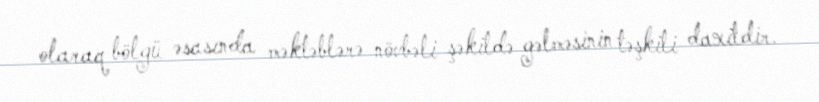
olaraq bölgü əsasında məktəblərə növbəli şəkildə gəlməsinin təşkili daxildir.